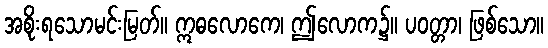
အစိုးရသောမင်းမြတ်။ ဣဓလောကေ၊ ဤလောက၌။ ပဝတ္တာ၊ ဖြစ်သော။